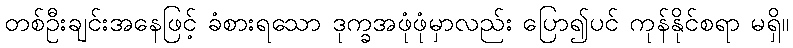
တစ်ဦးချင်းအနေဖြင့် ခံစားရသော ဒုက္ခအဖုံဖုံမှာလည်း ပြော၍ပင် ကုန်နိုင်စရာ မရှိ။